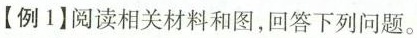
【例1】阅读相关材料和图，回答下列问题。